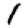
Digit: 1